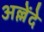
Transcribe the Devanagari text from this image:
अल्लेंदे